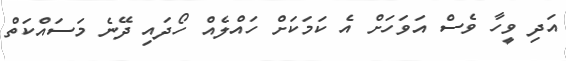
އަދި ވީހާ ވެސް އަވަހަށް އެ ކަމަކަށް ހައްލެއް ހޯދައި ދޭނެ މަސައްކަތް